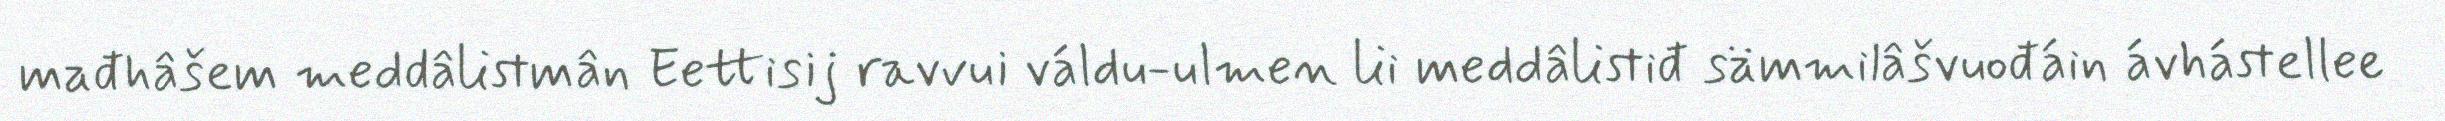
mađhâšem meddâlistmân Eettisij ravvui váldu-ulmen lii meddâlistiđ sämmilâšvuođáin ávhástellee